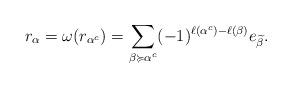
LaTeX: \begin{align*} r_\alpha = \omega(r_{\alpha^c})= \sum_{\beta \succcurlyeq \alpha^c} (-1)^{\ell(\alpha^c)-\ell(\beta)} e_{\widetilde \beta}.\end{align*}